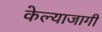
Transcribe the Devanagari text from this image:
केल्याजागी